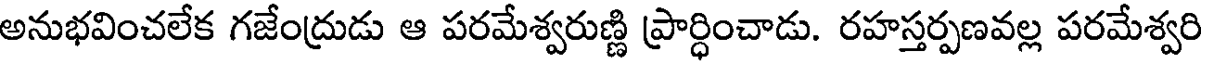
అనుభవించలేక గజేంద్రుడు ఆ పరమేశ్వరుణ్ణి ప్రార్ధించాడు. రహస్తర్పణవల్ల పరమేశ్వరి